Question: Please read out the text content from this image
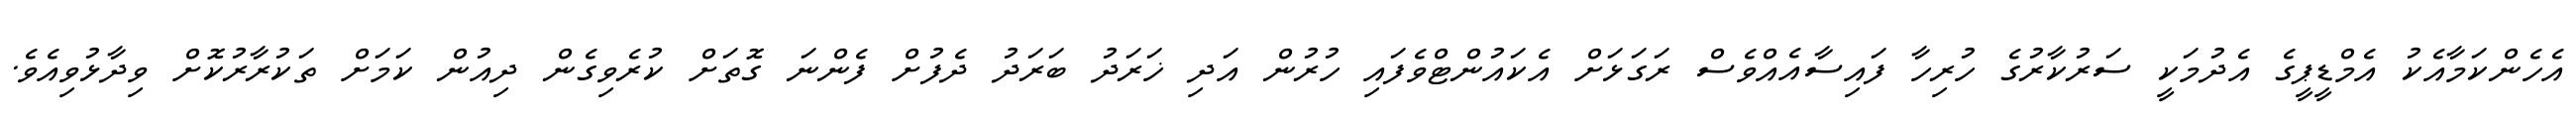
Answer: އެހެންކަމާއެކު އެމްޑީޕީގެ އެދުމަކީ ސަރުކާރުގެ ހުރިހާ ފައިސާއެއްވެސް ރަގަޅަށް އެކައުންޓްވެފައި ހުރުން އަދި ޚަރަދު ބަރަދު ދެފުށް ފެންނަ ގޮތަށް ކުރެވިގެން ދިއުން ކަމަށް ތަކުރާރުކޮށް ވިދާޅުވިއެވެ.